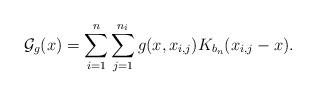
LaTeX: \begin{align*}{\cal G}_g(x) = \sum^{n}_{i=1}\sum^{n_i}_{j=1} g(x,x_{i,j})K_{b_n}(x_{i,j}-x).\end{align*}